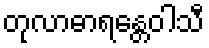
တုလာဓာရန္တေဝါသီ